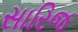
સારિજ